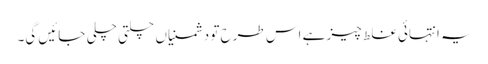
یہ انتہائی غلط چیز ہے اس طرح تو دشمنیاں چلتی چلی جائیں گی۔